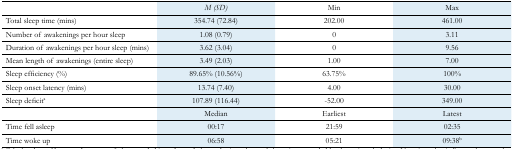
<table><thead><tr><td>[EMPTY_CELL]</td><td><b><i>M (SD)</i></b></td><td><b>Min</b></td><td><b>Max</b></td></tr></thead><tbody><tr><td>Total sleep time (mins)</td><td>354.74(72.84)</td><td>202.00</td><td>461.00</td></tr><tr><td>Number of awakenings per hour sleep</td><td>1.08(0.79)</td><td>0</td><td>3.11</td></tr><tr><td>Duration of awakenings per hour sleep(mins)</td><td>3.62(3.04)</td><td>0</td><td>9.56</td></tr><tr><td>Mean length of awakenings (entire sleep)</td><td>3.49(2.03)</td><td>1.00</td><td>7.00</td></tr><tr><td>Sleep efficiency (%)</td><td>89.65%(10.56%)</td><td>63.75%</td><td>100%</td></tr><tr><td>Sleep onset latency (mins)</td><td>13.74(7.40)</td><td>4.00</td><td>30.00</td></tr><tr><td>Sleep deficit<sup>a</sup></td><td>107.89(116.44)</td><td>-52.00</td><td>349.00</td></tr><tr><td>[EMPTY_CELL]</td><td>Median</td><td>Earliest</td><td>Latest</td></tr><tr><td>Time fell asleep</td><td>00:17</td><td>21:59</td><td>02:35</td></tr><tr><td>Time woke up</td><td>06:58</td><td>05:21</td><td>09:38<sup>b</sup></td></tr></tbody></table>